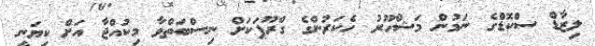
ލިޒާޑް ސްކޮޑްގެ ނަމުން މަޝްހޫރު ހެކަރުންގެ ގްރޫޕަކަށް ނިސްބަތްވާ މިކުއްޖާ އަށް ކިޔަނީ